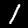
Digit: 1